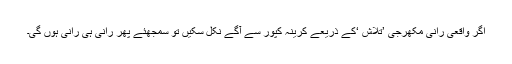
اگر واقعی رانی مکھرجی ’تلاش ‘کے ذریعے کرینہ کپور سے آگے نکل سکیں تو سمجھئے پھر رانی ہی رانی ہوں گی۔